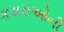
કચરાઓની